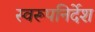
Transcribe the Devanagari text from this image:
स्वरूपनिर्देश